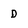
Character: D